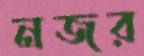
নজর